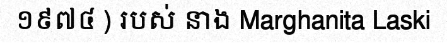
១៩៧៤ ) របស់ នាង Marghanita Laski